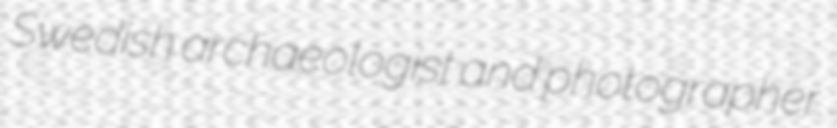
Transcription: Swedish archaeologist and photographer.